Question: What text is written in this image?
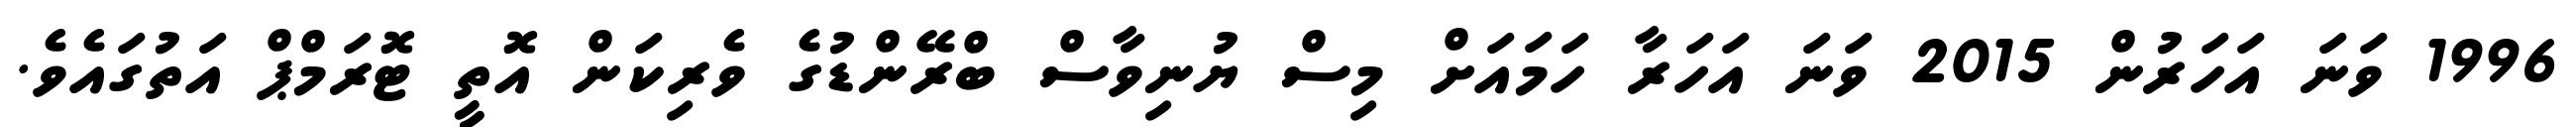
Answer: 1996 ވަނަ އަހަރުން 2015 ވަނަ އަހަރާ ހަމައަށް މިސް ޔުނިވާސް ބްރޭންޑުގެ ވެރިކަން އޮތީ ޓޮރަމްޕް އަތުގައެވެ.